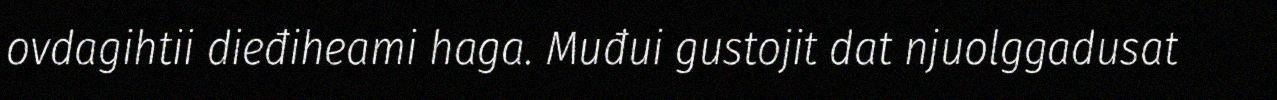
ovdagihtii dieđiheami haga. Muđui gustojit dat njuolggadusat